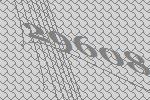
29608